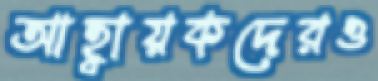
আহ্বায়কদেরও